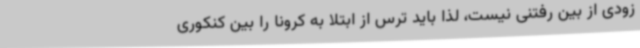
زودی از بین رفتنی نیست، لذا باید ترس از ابتلا به کرونا را بین کنکوری